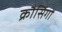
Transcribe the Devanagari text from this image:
क्रौसिंगों